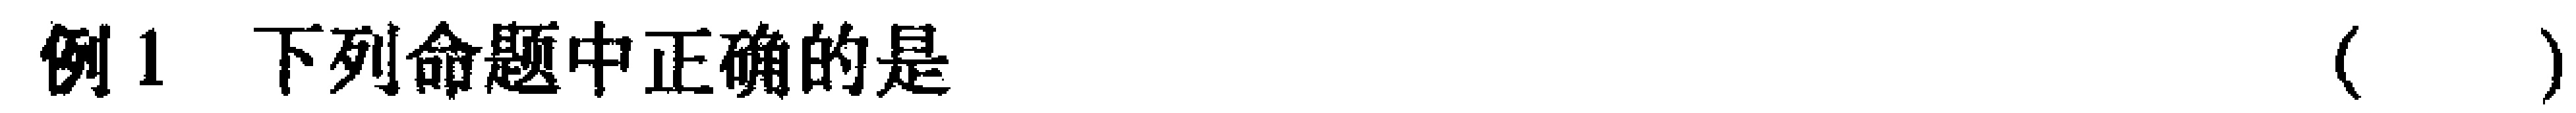
例1 下列命题中正确的是（  ）